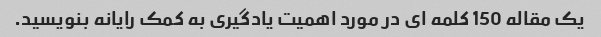
یک مقاله 150 کلمه ای در مورد اهمیت یادگیری به کمک رایانه بنویسید.